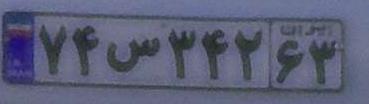
۷۴س۳۴۲۶۳